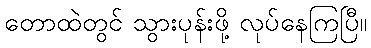
တောထဲတွင် သွားပုန်းဖို့ လုပ်နေကြပြီ။